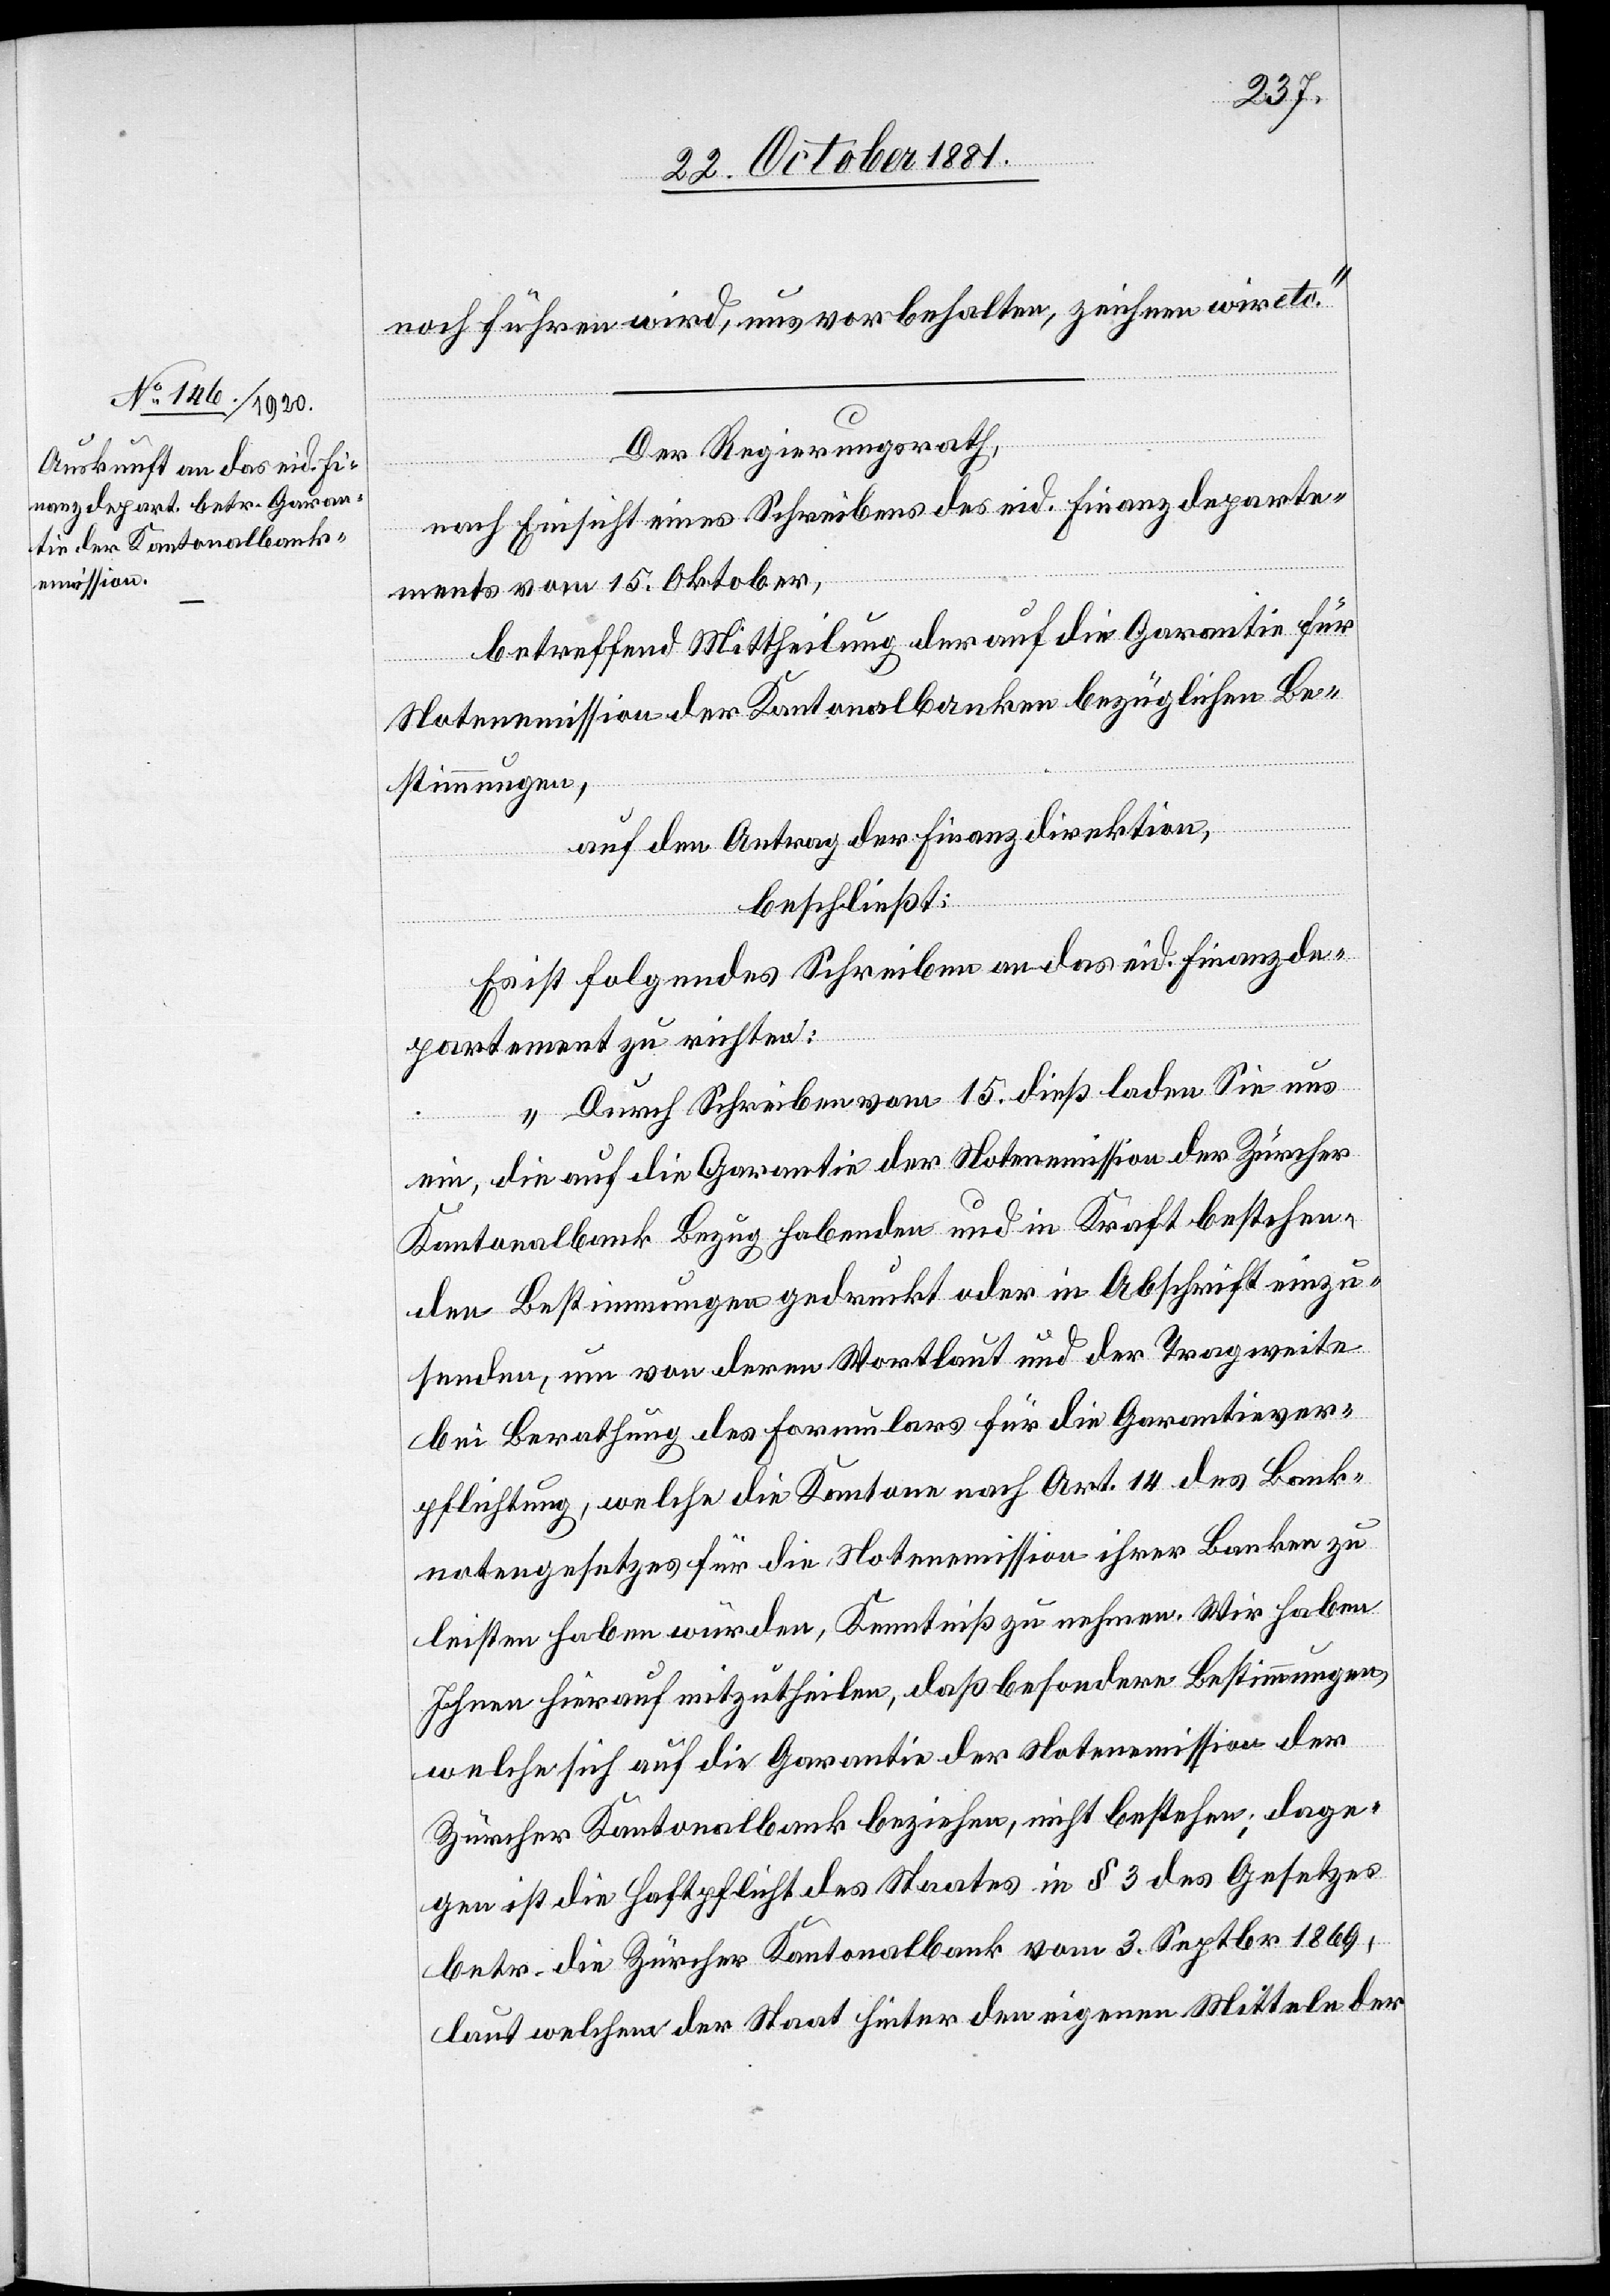
noch führen wird, uns vorbehalten, zeichnen wir etc.“
Der Regierungsrath,
nach Einsicht eines Schreibens des eid. Finanzdeparte¬
ments vom 15. Oktober,
betreffend Mittheilung der auf die Garantie für
Notenemission der Kantonalbanken bezüglichen Be¬
stimmungen,
auf den Antrag der Finanzdirektion,
beschließt:
Es ist folgendes Schreiben an das eid. Finanzde¬
partement zu richten:
„Durch Schreiben vom 15. dieß laden Sie uns
ein, die auf die Garantie der Notenemission der Zürcher
Kantonalbank Bezug habenden und in Kraft bestehen¬
den Bestimmungen gedruckt oder in Abschrift einzu¬
senden, um von deren Wortlaut und der Tragweite
bei Berathung des Formulars für die Garantiever¬
pflichtung, welche die Kantone nach Art. 14 des Bank¬
notengesetzes für die Notenemission ihrer Banken zu
leisten haben würden, Kenntniß zu nehmen. Wir haben
Ihnen hierauf mitzutheilen, daß besondere Bestimmungen,
welche sich auf die Garantie der Notenemission der
Züricher Kantonalbank beziehen, nicht bestehen; dage¬
gen ist die Haftpflicht des Staates in § 3 des Gesetzes
betr. die Zürcher Kantonalbank vom 3. Septbr. 1869,
laut welchem der Staat hinter den eigenen Mitteln der